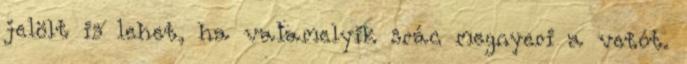
jelölt is lehet, ha valamelyik srác megnyeri a vetót.